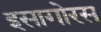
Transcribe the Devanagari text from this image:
इसागोरस